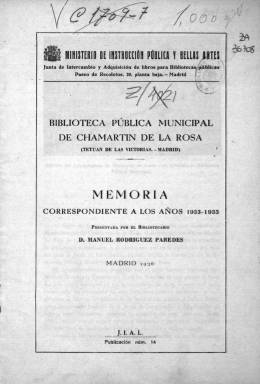
Título: Memoria ... / Biblioteca Pública Municipal de Chamartín de La Rosa (Tetuán de las Victorias, Madrid)
Colección: Archivos, bibliotecas y museos || Anuarios e informes
Ámbito geográfico: Madrid
Lugar de publicación: Madrid
Fechas: 01/01/1933-31/12/1935

Esta Memoria comprende tres años, de 1933 a 1935, es decir desde que se fundó esta biblioteca hasta el año previo a la guerra civil, cuando se interrumpió su publicación. La biblioteca, situada en el barrio de Tetuán de las Victorias, en lo que hoy es la junta de distrito, estuvo en un local provisional hasta el verano de 1935 en que ocupó su sede, una vez terminadas las obras del entonces Ayuntamiento de Chamartín de la Rosa.

   Con una capacidad para 70 lectores, en la publicación se pueden ver un par de ilustraciones donde se aprecia cómo el público, tanto adultos como jóvenes, llenaba las salas. Acudían del municipio de Chamartín, entonces separado de Madrid, y también de la barriada madrileña de Cuatro Caminos.

  En la Memoria pueden consultarse cuadros estadísticos con la asistencia, en los tres años citados, de menores y mayores de 14 años, así como de hombres y mujeres. Lo destacable de estas estadísticas es que la proporción de niñas que iba a la biblioteca era bastante superior a la de mayores de 14 años, lo que indica que se estaba avanzando, aunque despacio, en la igualdad de acceso a la cultura de chicos y chicas.

  Otras estadísticas muestran las materias que eran más demandadas por los usuarios, siendo la literatura la que sobresale por amplio margen respecto a las otras.

 En relación al Servicio de Préstamo, la Memoria señala que la biblioteca, entre otros beneficios, había solucionado el problema de los libros de texto a muchas familias modestas. Hasta finales de 1935, se habían concedido 120 carnés de préstamo de escolares y 122 de adultos. Cada libro prestado, por un periodo de 15 días, iba acompañado de una hojita en la que se recomendaba al lector abrir el ejemplar con las manos limpias y forrarlo con papel para su mejor conservación.

   A 31 de diciembre de 1935, la biblioteca contaba con 2.798 volúmenes y 21 folletos.  El presupuesto para compra era muy limitado, por lo que la mayoría de sus fondos procedía de donaciones. El mayor donante era la Junta de Intercambio y Adquisición de Libros para las Bibliotecas Públicas, un organismo gubernamental, seguida de otras instituciones como la Biblioteca Nacional, aunque figuraban muchos donantes particulares.

  El decreto de 13 de junio de 1933 ordenaba que las bibliotecas públicas fueran  una ‘institución neutral y abierta para todos’. En la Memoria, la dirección de la Biblioteca Municipal de Chamartín de la Rosa se ufana de su amplitud de criterio a la hora de adquirir libros, señalando que en su catálogo se podía encontrar junto al ‘Libro de su vida’, de Santa Teresa de Jesús, la obra ‘Mi vida’, de Trotsky.

[Descripción publicada el 06/07/2020]